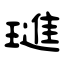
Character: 璡